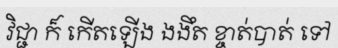
វិជ្ជា ក៏ កើតឡើង ងងឹត ខ្ចាត់បាត់ ទៅ